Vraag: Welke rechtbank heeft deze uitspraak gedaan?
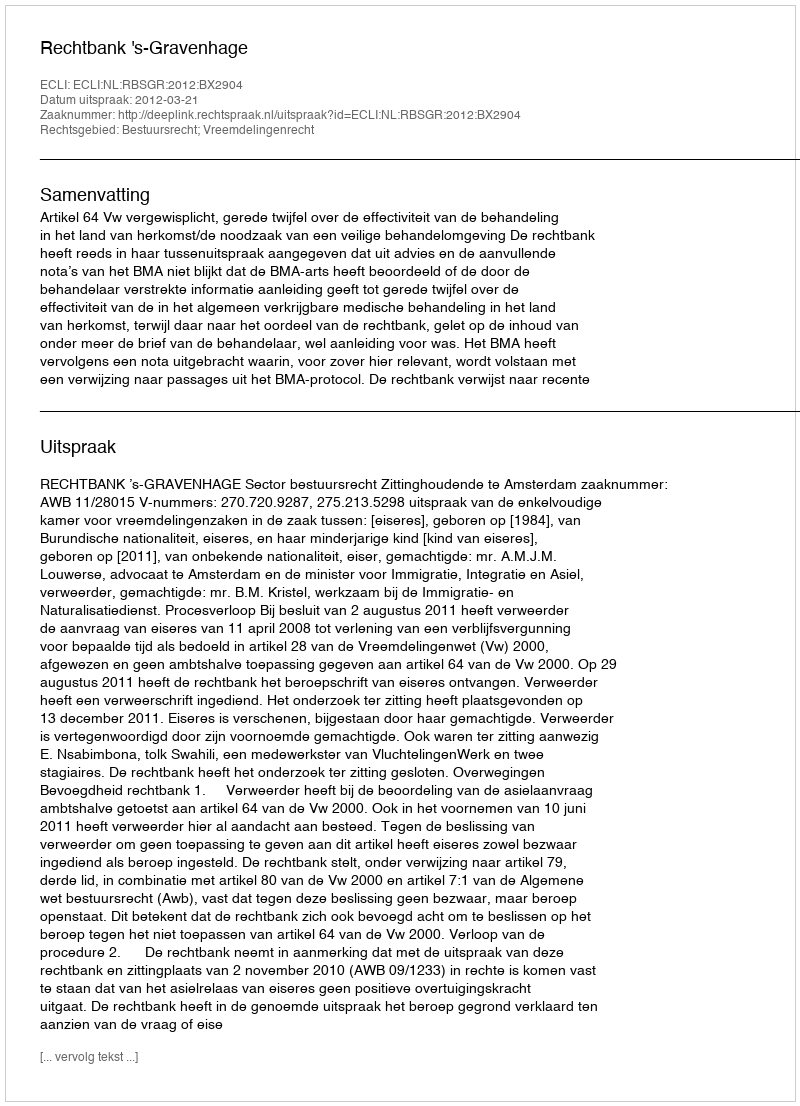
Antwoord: Rechtbank 's-Gravenhage